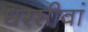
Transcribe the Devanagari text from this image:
धरसीवां